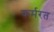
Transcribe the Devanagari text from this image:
कर्मरत